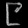
Digit: ၉